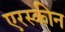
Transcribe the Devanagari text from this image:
एरस्कीन